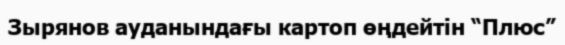
Зырянов ауданындағы картоп өңдейтін “Плюс”